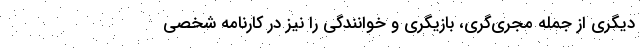
دیگری از جمله مجری‌گری، بازیگری و خوانندگی را نیز در کارنامه شخصی